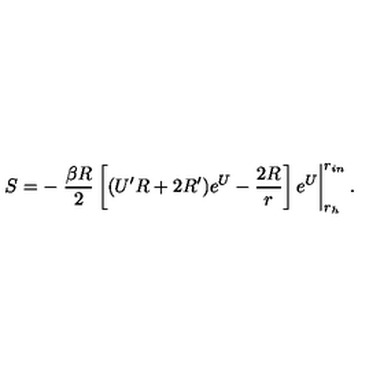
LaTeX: S = - \left. { \frac { \beta R } { 2 } } \left[ ( U ^ { \prime } R + 2 R ^ { \prime } ) e ^ { U } - { \frac { 2 R } { r } } \right] e ^ { U } \right| _ { r _ { h } } ^ { r _ { i n } } .